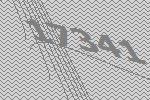
17341